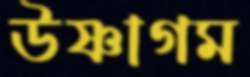
উষ্ণাগম